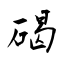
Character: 碣